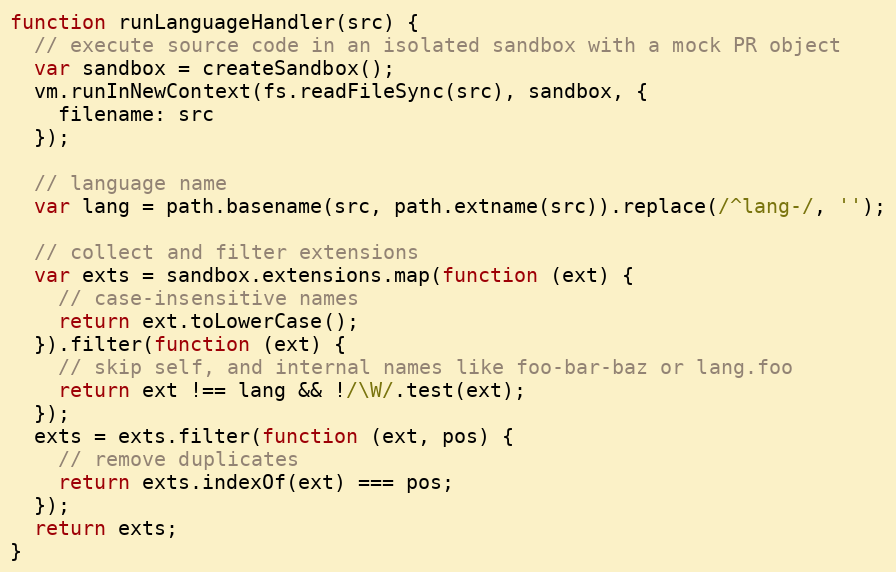
Language: JavaScript
function runLanguageHandler(src) {
  // execute source code in an isolated sandbox with a mock PR object
  var sandbox = createSandbox();
  vm.runInNewContext(fs.readFileSync(src), sandbox, {
    filename: src
  });

  // language name
  var lang = path.basename(src, path.extname(src)).replace(/^lang-/, '');

  // collect and filter extensions
  var exts = sandbox.extensions.map(function (ext) {
    // case-insensitive names
    return ext.toLowerCase();
  }).filter(function (ext) {
    // skip self, and internal names like foo-bar-baz or lang.foo
    return ext !== lang && !/\W/.test(ext);
  });
  exts = exts.filter(function (ext, pos) {
    // remove duplicates
    return exts.indexOf(ext) === pos;
  });
  return exts;
}